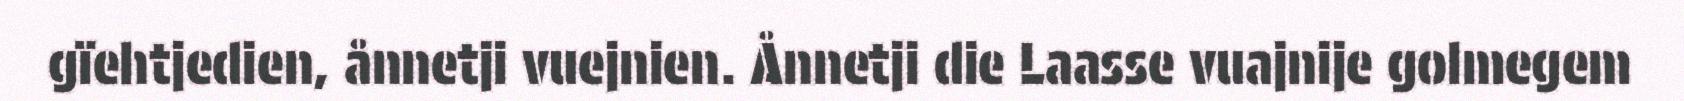
gïehtjedien, ånnetji vuejnien. Ånnetji die Laasse vuajnije golmegem